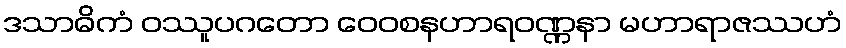
ဒသာဓိကံ ဝဿူပဂတော ဝေဝစနဟာရဝဏ္ဏနာ မဟာရာဇဿဟံ